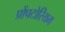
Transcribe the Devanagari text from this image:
प्रोंपटोरियम